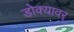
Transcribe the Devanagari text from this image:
डोक्यावर्